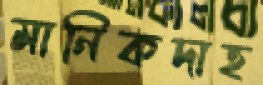
মানিকদাহ